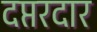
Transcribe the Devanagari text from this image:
दप्तरदार